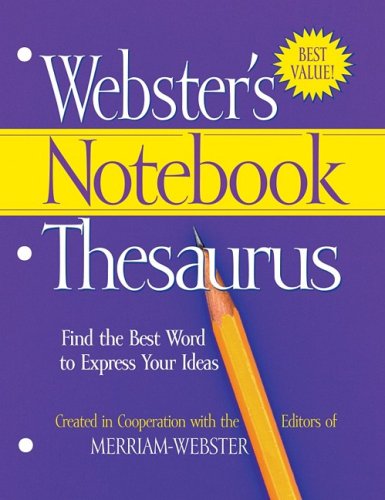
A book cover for Webster's Notebook Thesaurus; Merriam-Webster; Reference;